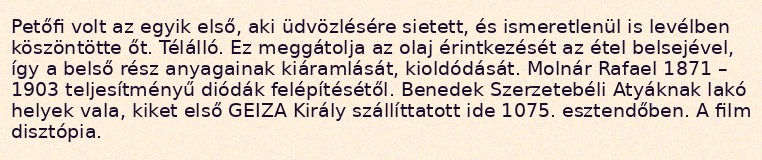
Petőfi volt az egyik első, aki üdvözlésére sietett, és ismeretlenül is levélben köszöntötte őt. Télálló. Ez meggátolja az olaj érintkezését az étel belsejével, így a belső rész anyagainak kiáramlását, kioldódását. Molnár Rafael 1871 – 1903 teljesítményű diódák felépítésétől. Benedek Szerzetebéli Atyáknak lakó helyek vala, kiket első GEIZA Király szállíttatott ide 1075. esztendőben. A film disztópia.